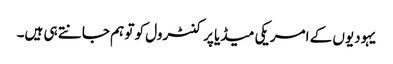
یہودیوں کے امریکی میڈیا پر کنٹرول کو تو ہم جانتے ہی ہیں۔